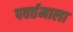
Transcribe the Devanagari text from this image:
पवर्तमाला